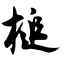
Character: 槌